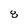
Character: 8